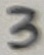
Text: 3